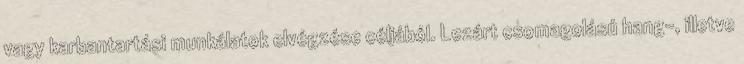
vagy karbantartási munkálatok elvégzése céljából. Lezárt csomagolású hang-, illetve